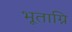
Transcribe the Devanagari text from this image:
भूताग्नि